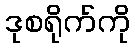
ဒုစရိုက်ကို